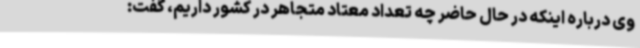
وی درباره اینکه در حال حاضر چه تعداد معتاد متجاهر در کشور داریم، گفت: